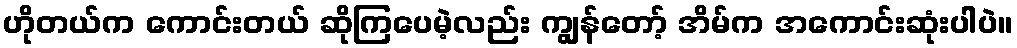
ဟိုတယ်က ကောင်းတယ် ဆိုကြပေမဲ့လည်း ကျွန်တော့် အိမ်က အကောင်းဆုံးပါပဲ။